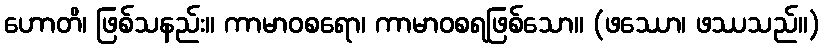
ဟောတိ၊ ဖြစ်သနည်း။ ကာမာဝစရော၊ ကာမာဝစရဖြစ်သော။ (ဖဿော၊ ဖဿသည်။)